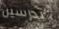
تدرسين